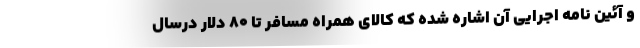
و آئین نامه اجرایی آن اشاره شده که کالای همراه مسافر تا ۸۰ دلار درسال